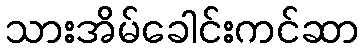
သားအိမ်ခေါင်းကင်ဆာ